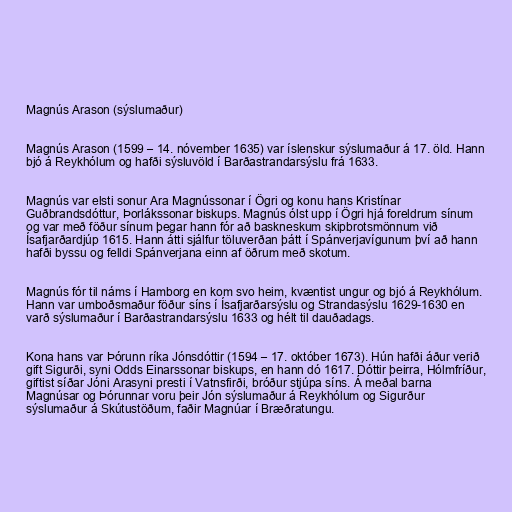
Magnús Arason (sýslumaður)

Magnús Arason (1599 – 14. nóvember 1635) var íslenskur sýslumaður á 17. öld. Hann
bjó á Reykhólum og hafði sýsluvöld í Barðastrandarsýslu frá 1633.

Magnús var elsti sonur Ara Magnússonar í Ögri og konu hans Kristínar
Guðbrandsdóttur, Þorlákssonar biskups. Magnús ólst upp í Ögri hjá foreldrum sínum
og var með föður sínum þegar hann fór að baskneskum skipbrotsmönnum við
Ísafjarðardjúp 1615. Hann átti sjálfur töluverðan þátt í Spánverjavígunum því að hann
hafði byssu og felldi Spánverjana einn af öðrum með skotum.

Magnús fór til náms í Hamborg en kom svo heim, kvæntist ungur og bjó á Reykhólum.
Hann var umboðsmaður föður síns í Ísafjarðarsýslu og Strandasýslu 1629-1630 en
varð sýslumaður í Barðastrandarsýslu 1633 og hélt til dauðadags.

Kona hans var Þórunn ríka Jónsdóttir (1594 – 17. október 1673). Hún hafði áður verið
gift Sigurði, syni Odds Einarssonar biskups, en hann dó 1617. Dóttir þeirra, Hólmfríður,
giftist síðar Jóni Arasyni presti í Vatnsfirði, bróður stjúpa síns. Á meðal barna
Magnúsar og Þórunnar voru þeir Jón sýslumaður á Reykhólum og Sigurður
sýslumaður á Skútustöðum, faðir Magnúar í Bræðratungu.